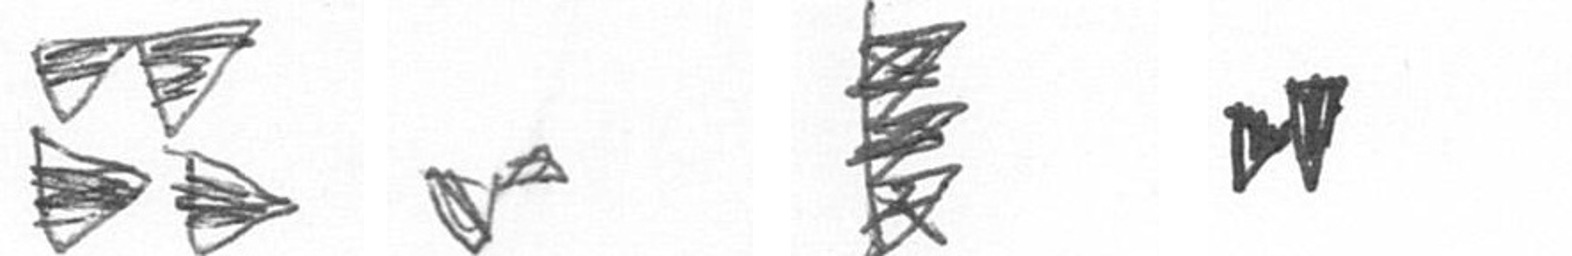
B F H M